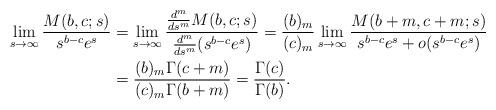
LaTeX: \begin{align*} \lim_{s\to \infty} \frac{M(b,c;s)}{s^{b-c} e^s} &= \lim_{s\to \infty} \frac{\frac{d^m}{ds^m} M(b,c;s)}{\frac{d^m}{ds^m} (s^{b-c}e^s)} = \frac{(b)_m}{(c)_m} \lim_{s\to \infty} \frac{M(b+m,c+m;s)}{s^{b-c}e^s+o(s^{b-c}e^s)} \\ &= \frac{(b)_m \Gamma(c+m)}{(c)_m \Gamma(b+m)} = \frac{\Gamma(c)}{\Gamma(b)}.\end{align*}